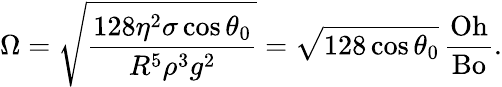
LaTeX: \Omega=\sqrt{\frac{128\eta^{2}\sigma\cos\theta_{0}}{R^{5}\rho^{3}g^{2}}}=\sqrt{128\cos\theta_{0}}\, \frac{\mathrm{Oh}}{\mathrm{Bo}}.